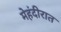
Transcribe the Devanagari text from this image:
मेहंदीरात